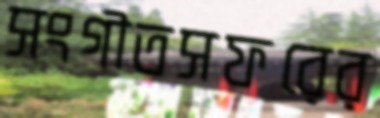
সংগীতসফরের